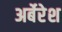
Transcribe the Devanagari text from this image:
अर्बेरेश